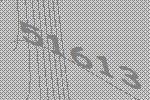
51613